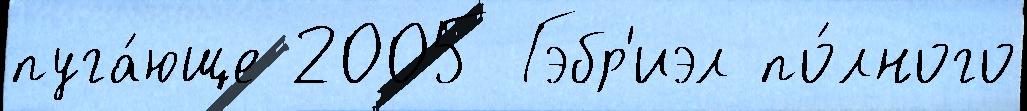
пуга́юще 2005 Гэбр'иэл по́лного